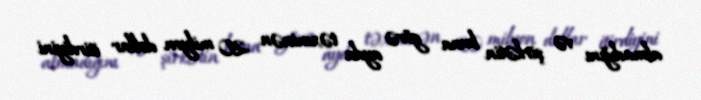
almadığını və şirkətin buna görə ayda təxminən 20 milyon dollar itirdiyini